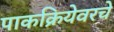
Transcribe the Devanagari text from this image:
पाकक्रियेवरचे